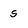
Character: s